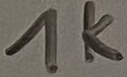
Text: 1K